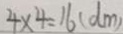
4 \times 4 = 1 6 ( d m )